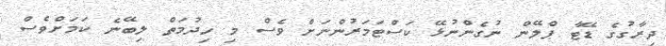
ދިރާގުގެ ޑޭޓާ ޕްލޭން ނުގެންނުޅޭ ކަސްޓަމަރުންނަށް ވެސް މި ހިދުމަތް ލިބޭނެ ކަމަށްވެސް